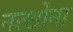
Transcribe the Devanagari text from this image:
नत्शोना